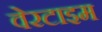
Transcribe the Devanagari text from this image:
वेरटाइम